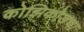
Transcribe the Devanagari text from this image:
कोझिकोडचा